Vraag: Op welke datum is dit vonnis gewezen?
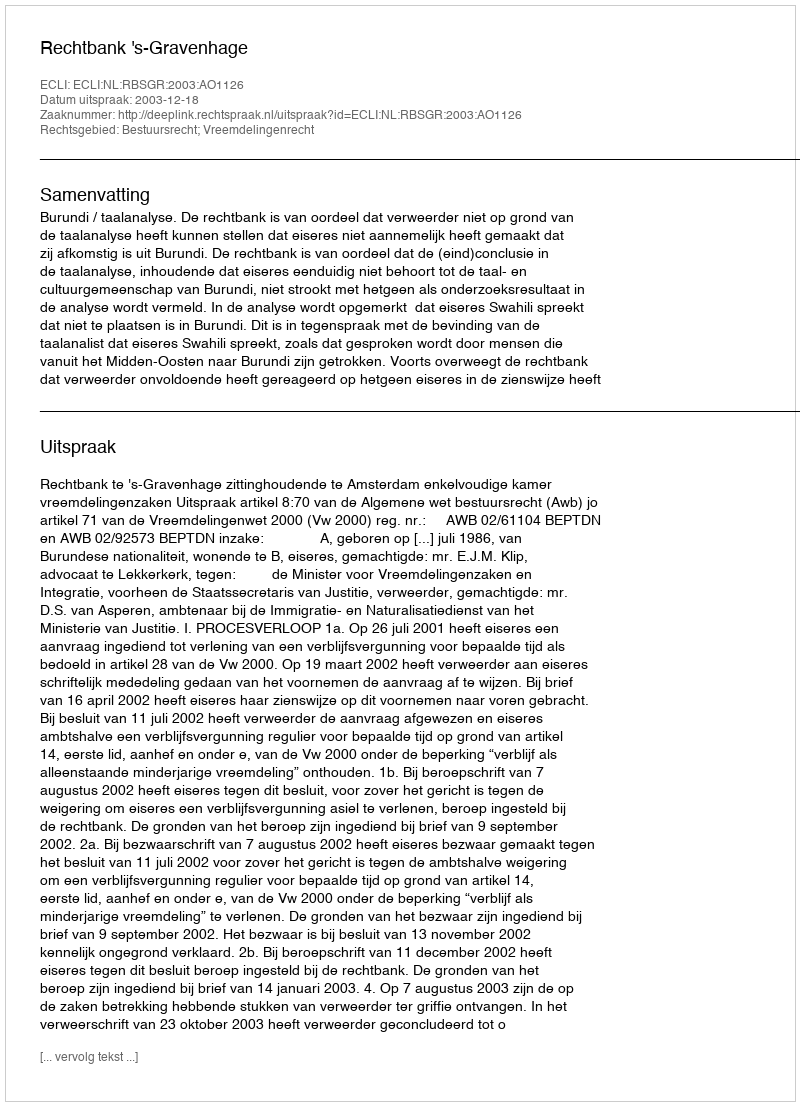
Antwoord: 2003-12-18